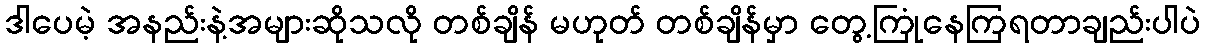
ဒါပေမဲ့ အနည်းနဲ့အများဆိုသလို တစ်ချိန် မဟုတ် တစ်ချိန်မှာ တွေ့ကြုံနေကြရတာချည်းပါပဲ